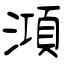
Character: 澒